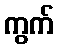
ကွက်